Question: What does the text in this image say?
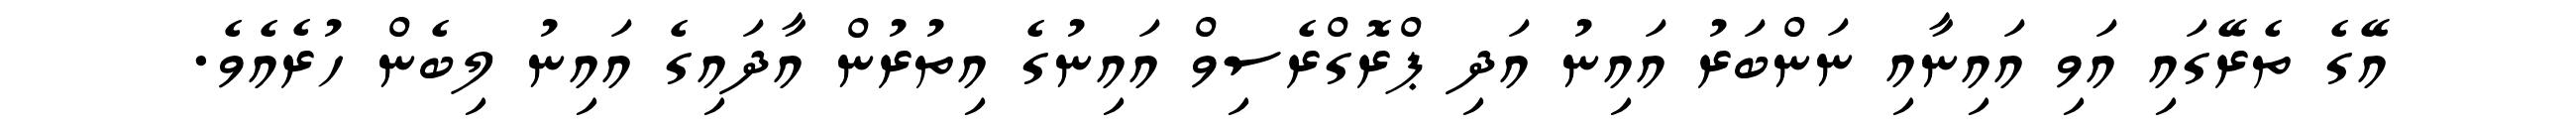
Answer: އޭގެ ތެރޭގައި އަވި އައިނާއި ނަންބަރު އައިނު އަދި ޕްރޮގްރެސިވް އައިނުގެ އިތުރުން އާދައިގެ އައިނު ލިބެން ހުރެއެވެ.